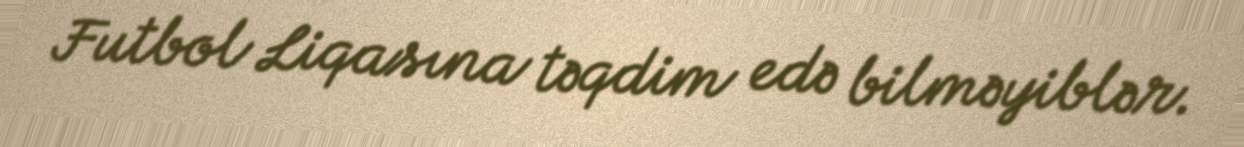
Futbol Liqasına təqdim edə bilməyiblər.